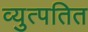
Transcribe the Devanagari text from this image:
व्युत्पतित